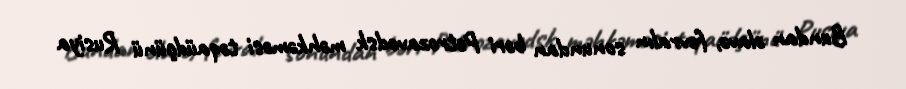
Bundan əlavə, fevralın sonundan bəri Petrozavodsk məhkəməsi təqaüdçünü Rusiya